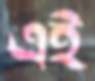
এই